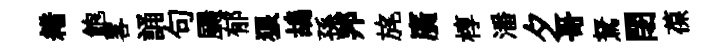
耤飽畧誦句颺郁狼鴣孫邦旄廣椁潘夕哥駑閉葆